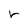
Character: r